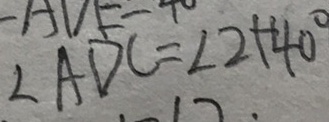
\angle A D C = \angle 2 + 4 0 ^ { \circ }